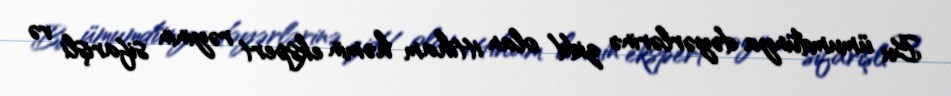
Bu ümumdünya dəyərlərinə zidd olan ittiham həmin ekspert rəyinin sifarişli və